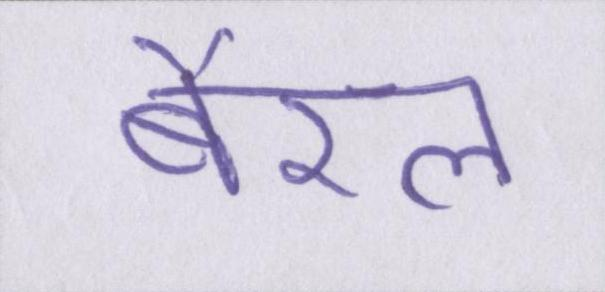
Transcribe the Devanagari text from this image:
बैरल